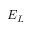
E _ { L }